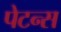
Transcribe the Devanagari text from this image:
पेटन्स